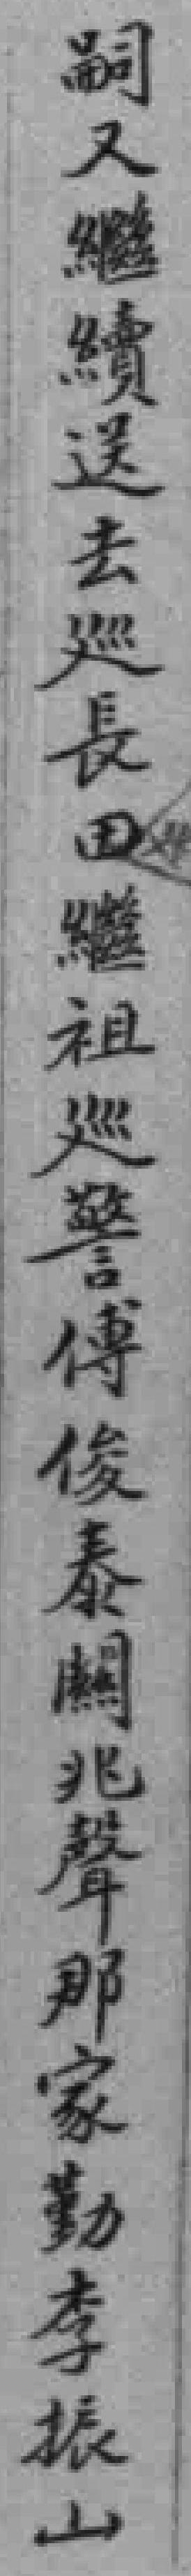
嗣又繼續送去廵長田繼祖廵警傳俊泰闗兆聲那家勤李振山